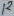
Text: 12